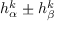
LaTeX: h _ { \alpha } ^ { k } \pm h _ { \beta } ^ { k }